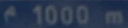
1000